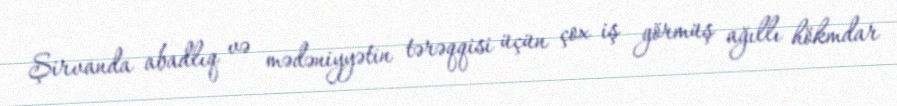
Şirvanda abadlıq və mədəniyyətin tərəqqisi üçün çox iş görmüş ağıllı hökmdar